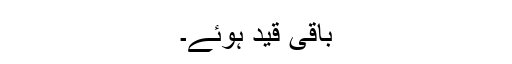
باقی قید ہوئے۔